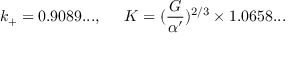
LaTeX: k _ { + } = 0 . 9 0 8 9 . . . , \; \; \; \; \; K = ( \frac { G } { \alpha ^ { \prime } } ) ^ { 2 / 3 } \times 1 . 0 6 5 8 . . .